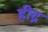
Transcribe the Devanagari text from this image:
हीद्र